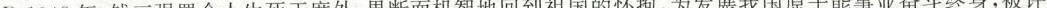
B.1948年，钱三强置个人生死于度外，果断而机智地回到祖国的怀抱，为发展我国原子能事业奋斗终身，被评